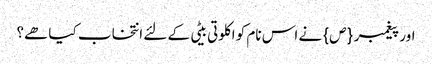
اور پیغمبر {ص} نے اس نام کو اکلوتی بیٹی کے لئے انتخاب کیا ھے؟